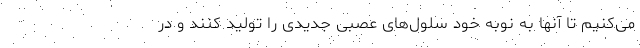
می‌کنیم تا آنها به نوبه خود سلول‌های عصبی جدیدی را تولید کنند و در